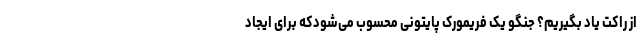
از راکت یاد بگیریم؟ جنگو یک فریمورک پایتونی محسوب می‌شودکه برای ایجاد